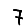
Digit: 7